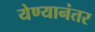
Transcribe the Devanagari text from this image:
येण्यानंतर